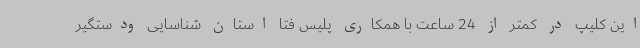
این کلیپ در کمتر از 24 ساعت با همکاری پلیس فتا استان شناسایی ودستگیر